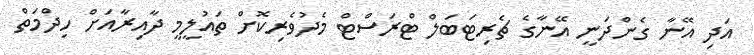
އަދި އޭނާ ގެންދަނީ އޭނާގެ ޗެރިޓަބަލް ޓްރަސްޓް މެދުވެރިކޮށް ތައުލީމީ ދާއިރާއަށް ހިދްމަތް